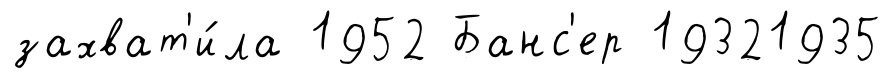
захват'и́ла 1952 Банс'ер 19321935